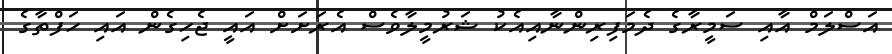
އަސްލަމް އާއި ސަމީރާގެ ދެމަފިރިންނާއިއެކު ޝަރުމީލާވެސް އެރަށަށް އައީ ޖެހިގެން އައި ހަފްތާގެ